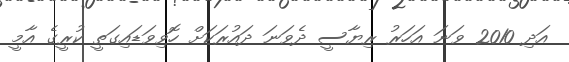
އަދި 2010 ވަނަ އަހަރު ރިޔާސީ ދެވަނަ ދައުރަކަށް ހޮވިވަޑައިގަތީ ކުރީގެ އާމީ